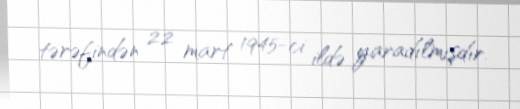
tərəfindən 22 mart 1945-ci ildə yaradılmışdır.